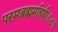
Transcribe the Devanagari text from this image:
परमब्रह्ममहिषी॥८॥